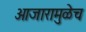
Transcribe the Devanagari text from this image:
आजारामुळेच